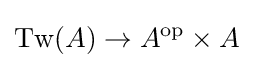
\operatorname {Tw} (A)\rightarrow A^{\mathrm {op} }\times A